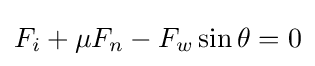
F_{i}+\mu F_{n}-F_{w}\sin \theta =0